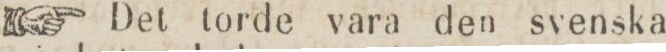
☞ Det torde vara den svenska